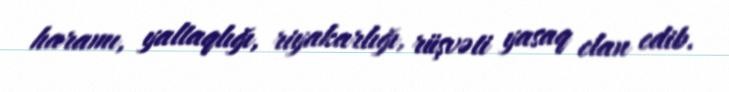
haramı, yaltaqlığı, riyakarlığı, rüşvəti yasaq elan edib.